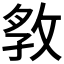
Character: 𭣲